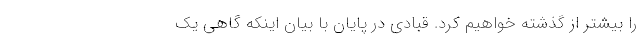
را بیشتر از گذشته خواهیم کرد. قبادی در پایان با بیان اینکه گاهی یک